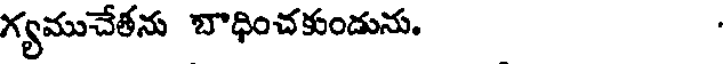
గ్యముచేతను బాధించకుండును.